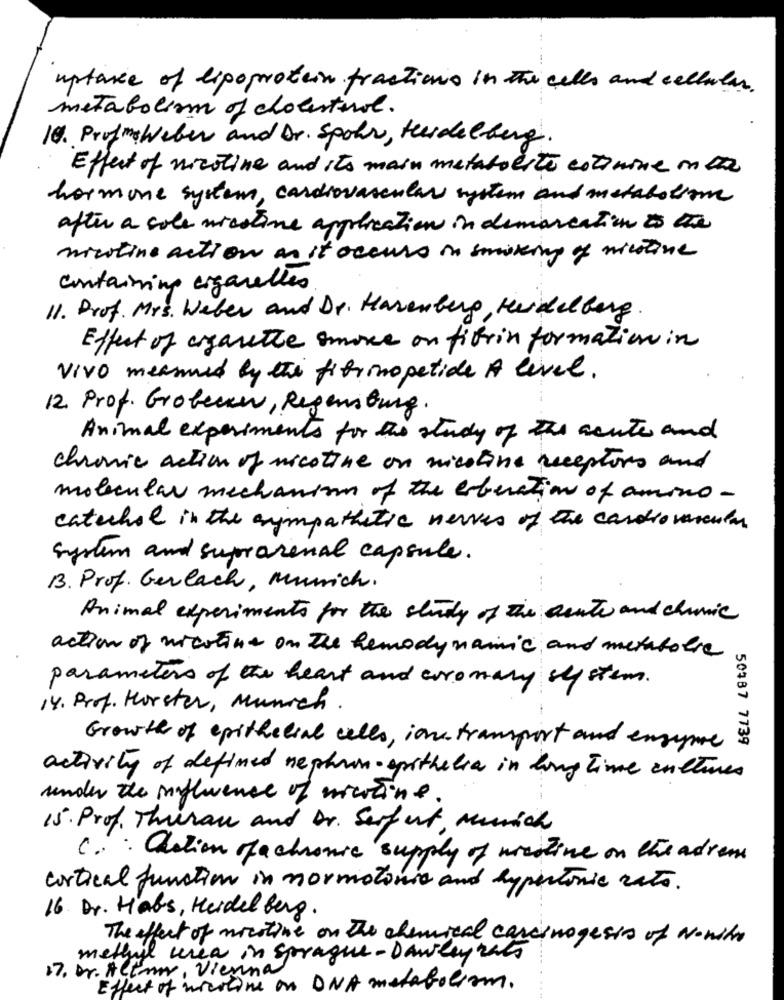
uptaxe of lipoprotein fractions in the cells and cellular.
metabolism of cholesterol.
14. ProfmeWeber and Dr. Spohr, Heidelberg.
Effect of nicotine and its main metabolite cotonine in the
hormone system, cardiovascular system and metabolism
after a cole nicotine application in demarcation to the
nicotine action as it occurs in smoking of nicotine
containing organelles
11. Prof. Mrs. Weber and Dr. Harenberg, Heidelberg
Effect of cigarette smoke on fibrin formation in
VIVO measured by the fibrinopetide A level.
12. Prof. Grobern, Regensburg.
Animal experiments for the study of the acute and
chronic action of nicotine on nicotine receptors and
molecular mechanisms of the eoberation of amono -
catechol in the anympathetic newer of the cardiovascular
system and suprarenal capsule .
B. Prof. Gerlach, Munich.
Animal experiments for the study of the acute and clinic
action of nicotine on the hemodynamic and metabolse
parameters of the heart and coronary system.
14. Prof. Horster, Munich .
50387 7739
Growth of epithelial cells, ions transport and enzymes
activity of defined nephron- opithelia in long time cultures
under the influence of miwine
15. Prof. Thuran and Dr. Serfurt, Munich
C. : Castion fachronic supply of woestive on the advers
cortical function in normotonio and hypertonic rato.
16. Dr. Habs, Heidelberg.
The effect of nicotine on the chemical carcinogesis of Nonite
methyl urea in sprague - Dawley rats
17. Dr. Altmr. Vierna
Effect of workline on ONA metabolism.